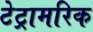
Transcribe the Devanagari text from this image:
टेट्रामरिक